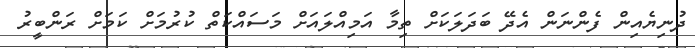
ދުނިޔެއިން ފެންނަން އެދޭ ބަދަލަކަށް ތިމާ އަމިއްލައަށް މަސައްކަތް ކުރުމަށް ކަމަށް ރަންބީރު